Audit of school board accounts. Circular to auditors, 1910
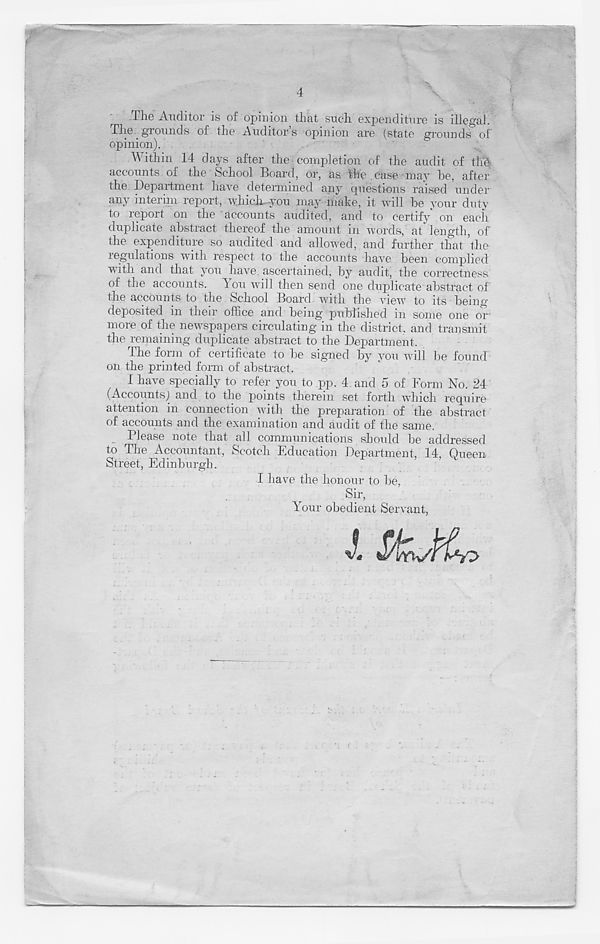
4
The Auditor is of opinion that such expenditure is illegal.
The grounds of the Auditor’s opinion are (state grounds of
opinion).
Within 14 days after the completion of the audit of till
accounts of the School Board, or, as the case may he, after
the Department have determined any questions raised under
any interim report, which you may make, it will he your duty
to report on the accounts audited, and to certify' on each
duplicate abstract thereof the amount in words, at length, of
the expenditure so audited and allowed, and further that ’the-
regulations with respect to the accounts have been complied
vith and that you have ascertained, by audit, the correctness
of the accounts, hou will then send one duplicate abstract of
the accounts to the School Board with the view to its being-
deposited in their office and being published in some one or
more of the newspapers circulating in the district, and transmit
the remaining duplicate abstract to the Department.
The form of certificate to be signed by you will be found
on the printed form of abstract.
I have specially to refer you to pp. 4 and 5 of Form No. 24
(Accounts) and to the points therein set forth which require
attention in connection with the preparation of the abstract
of accounts and the examination and audit of the same.
Please note that all communications should be addressed
to The Accountant, Scotch Education Department, 14, Queen
Street, Edinburgh.
I have the honour to be,
Sir,
Your obedient Servant,